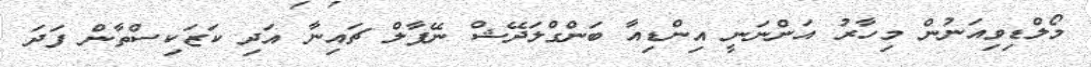
މޯލްޑިވިއަނުން މިހާރު އަންނަނީ އިންޑިއާ ބަންގްލަދޭޝް ނޭޕާލް ޗައިނާ އަދި ކަޒަކިސްތާން ފަދަ